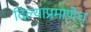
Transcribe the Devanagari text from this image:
दिल्याप्रमाणेच